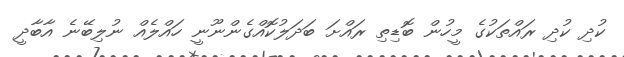
ކުދި ކުދި ރައްތަކުގެ މީހުން ބޮޑިތި ރައްށަ ބަދަލުކޮއްގެންނޫނީ ހައްލެއް ނުލިބޭނެ އާބާދީ